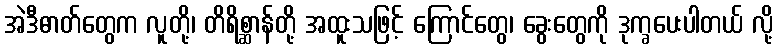
အဲဒီဓာတ်တွေက လူတို့၊ တိရိစ္ဆာန်တို့ အထူးသဖြင့် ကြောင်တွေ၊ ခွေးတွေကို ဒုက္ခပေးပါတယ် လို့